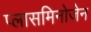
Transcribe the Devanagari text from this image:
प्लासमिनोजेन